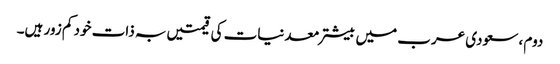
دوم ، سعودی عرب میں بیشتر معدنیات کی قیمتیں بہ ذات خود کم زور ہیں۔